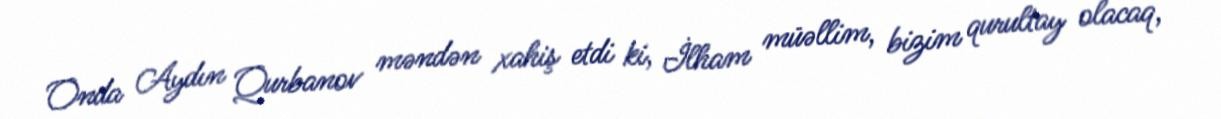
Onda Aydın Qurbanov məndən xahiş etdi ki, İlham müəllim, bizim qurultay olacaq,